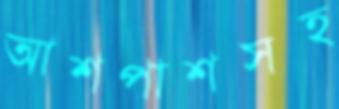
আশপাশসহ